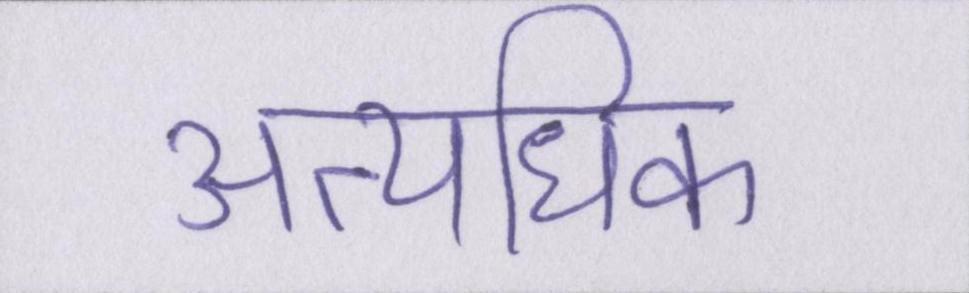
अत्यधिक